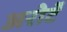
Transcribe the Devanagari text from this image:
अरोटॅ